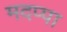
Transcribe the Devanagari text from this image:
मदप्पा